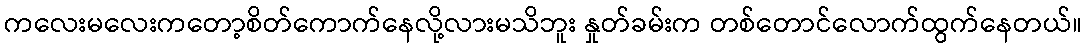
ကလေးမလေးကတော့စိတ်ကောက်နေလို့လားမသိဘူး နှုတ်ခမ်းက တစ်တောင်လောက်ထွက်နေတယ်။